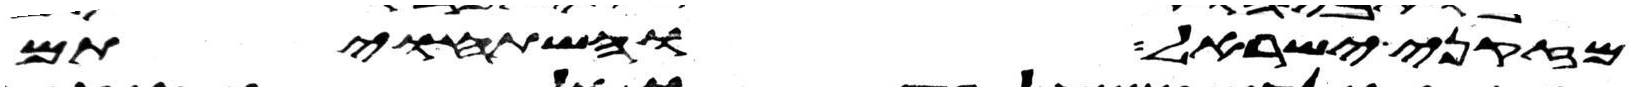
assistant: מזקני ישראל והשתחויתם